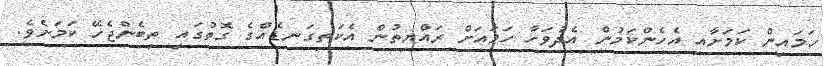
ހަމައިން ކަމަށާއި އެހެންކަމުން އެދުވަހާ ހަމައަށް ރައްޔިތުން އެކަތިގަނޑެއްގެ ގޮތުގައި ތިބެންޖެހޭ ކަމަށެވެ.